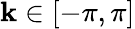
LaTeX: \mathbf{k}\in[-\pi,\pi]